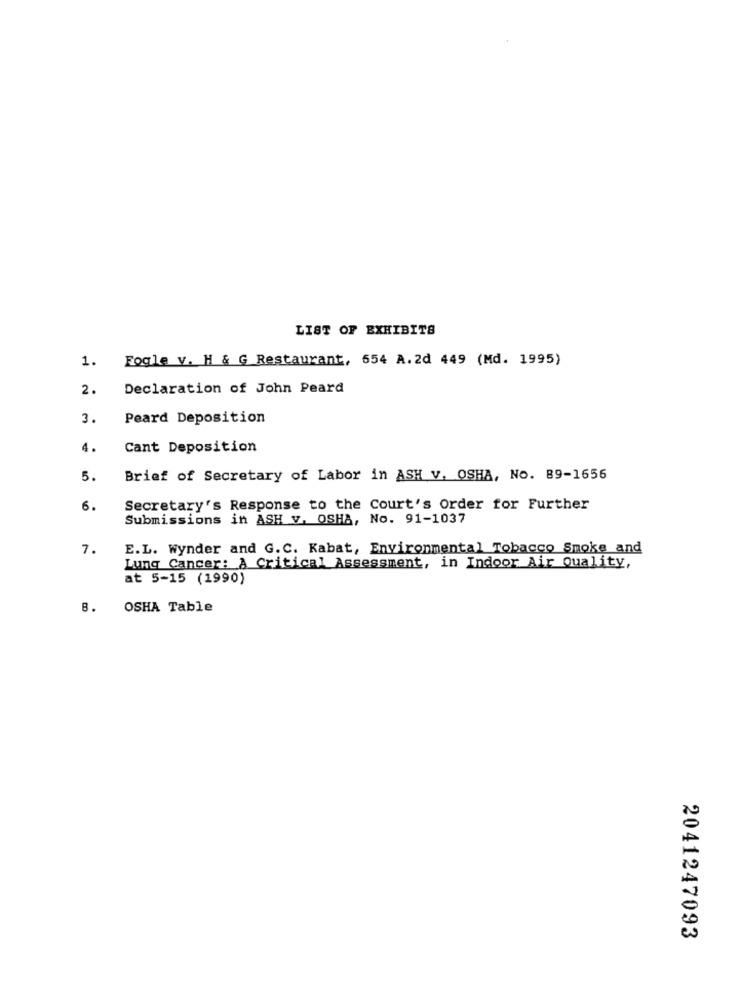
LIST OF EXHIBITS
1. Fogle v. H & G Restaurant, 554 A.2d 449 (Md. 1995)
2.
Declaration of John Peard
3.
Peard Deposition
4.
Cant Deposition
5.
Brief of Secretary of Labor in ASH V. OSHA, NO. 89-1656
6.
Secretary's Response to the Court's Order for Further
Submissions in ASH V. OSHA, No. 91-1037
7.
E.L. Wynder and G.C. Kabat, Environmental Tobacco Smoke and
Lung Cancer: A Critical Assessment, in Indoor Air Quality,
at 5-15 (1990)
B.
OSHA Table
2041247093